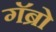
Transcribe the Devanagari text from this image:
गॅब्रो